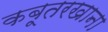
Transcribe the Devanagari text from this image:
कबूतरखाना